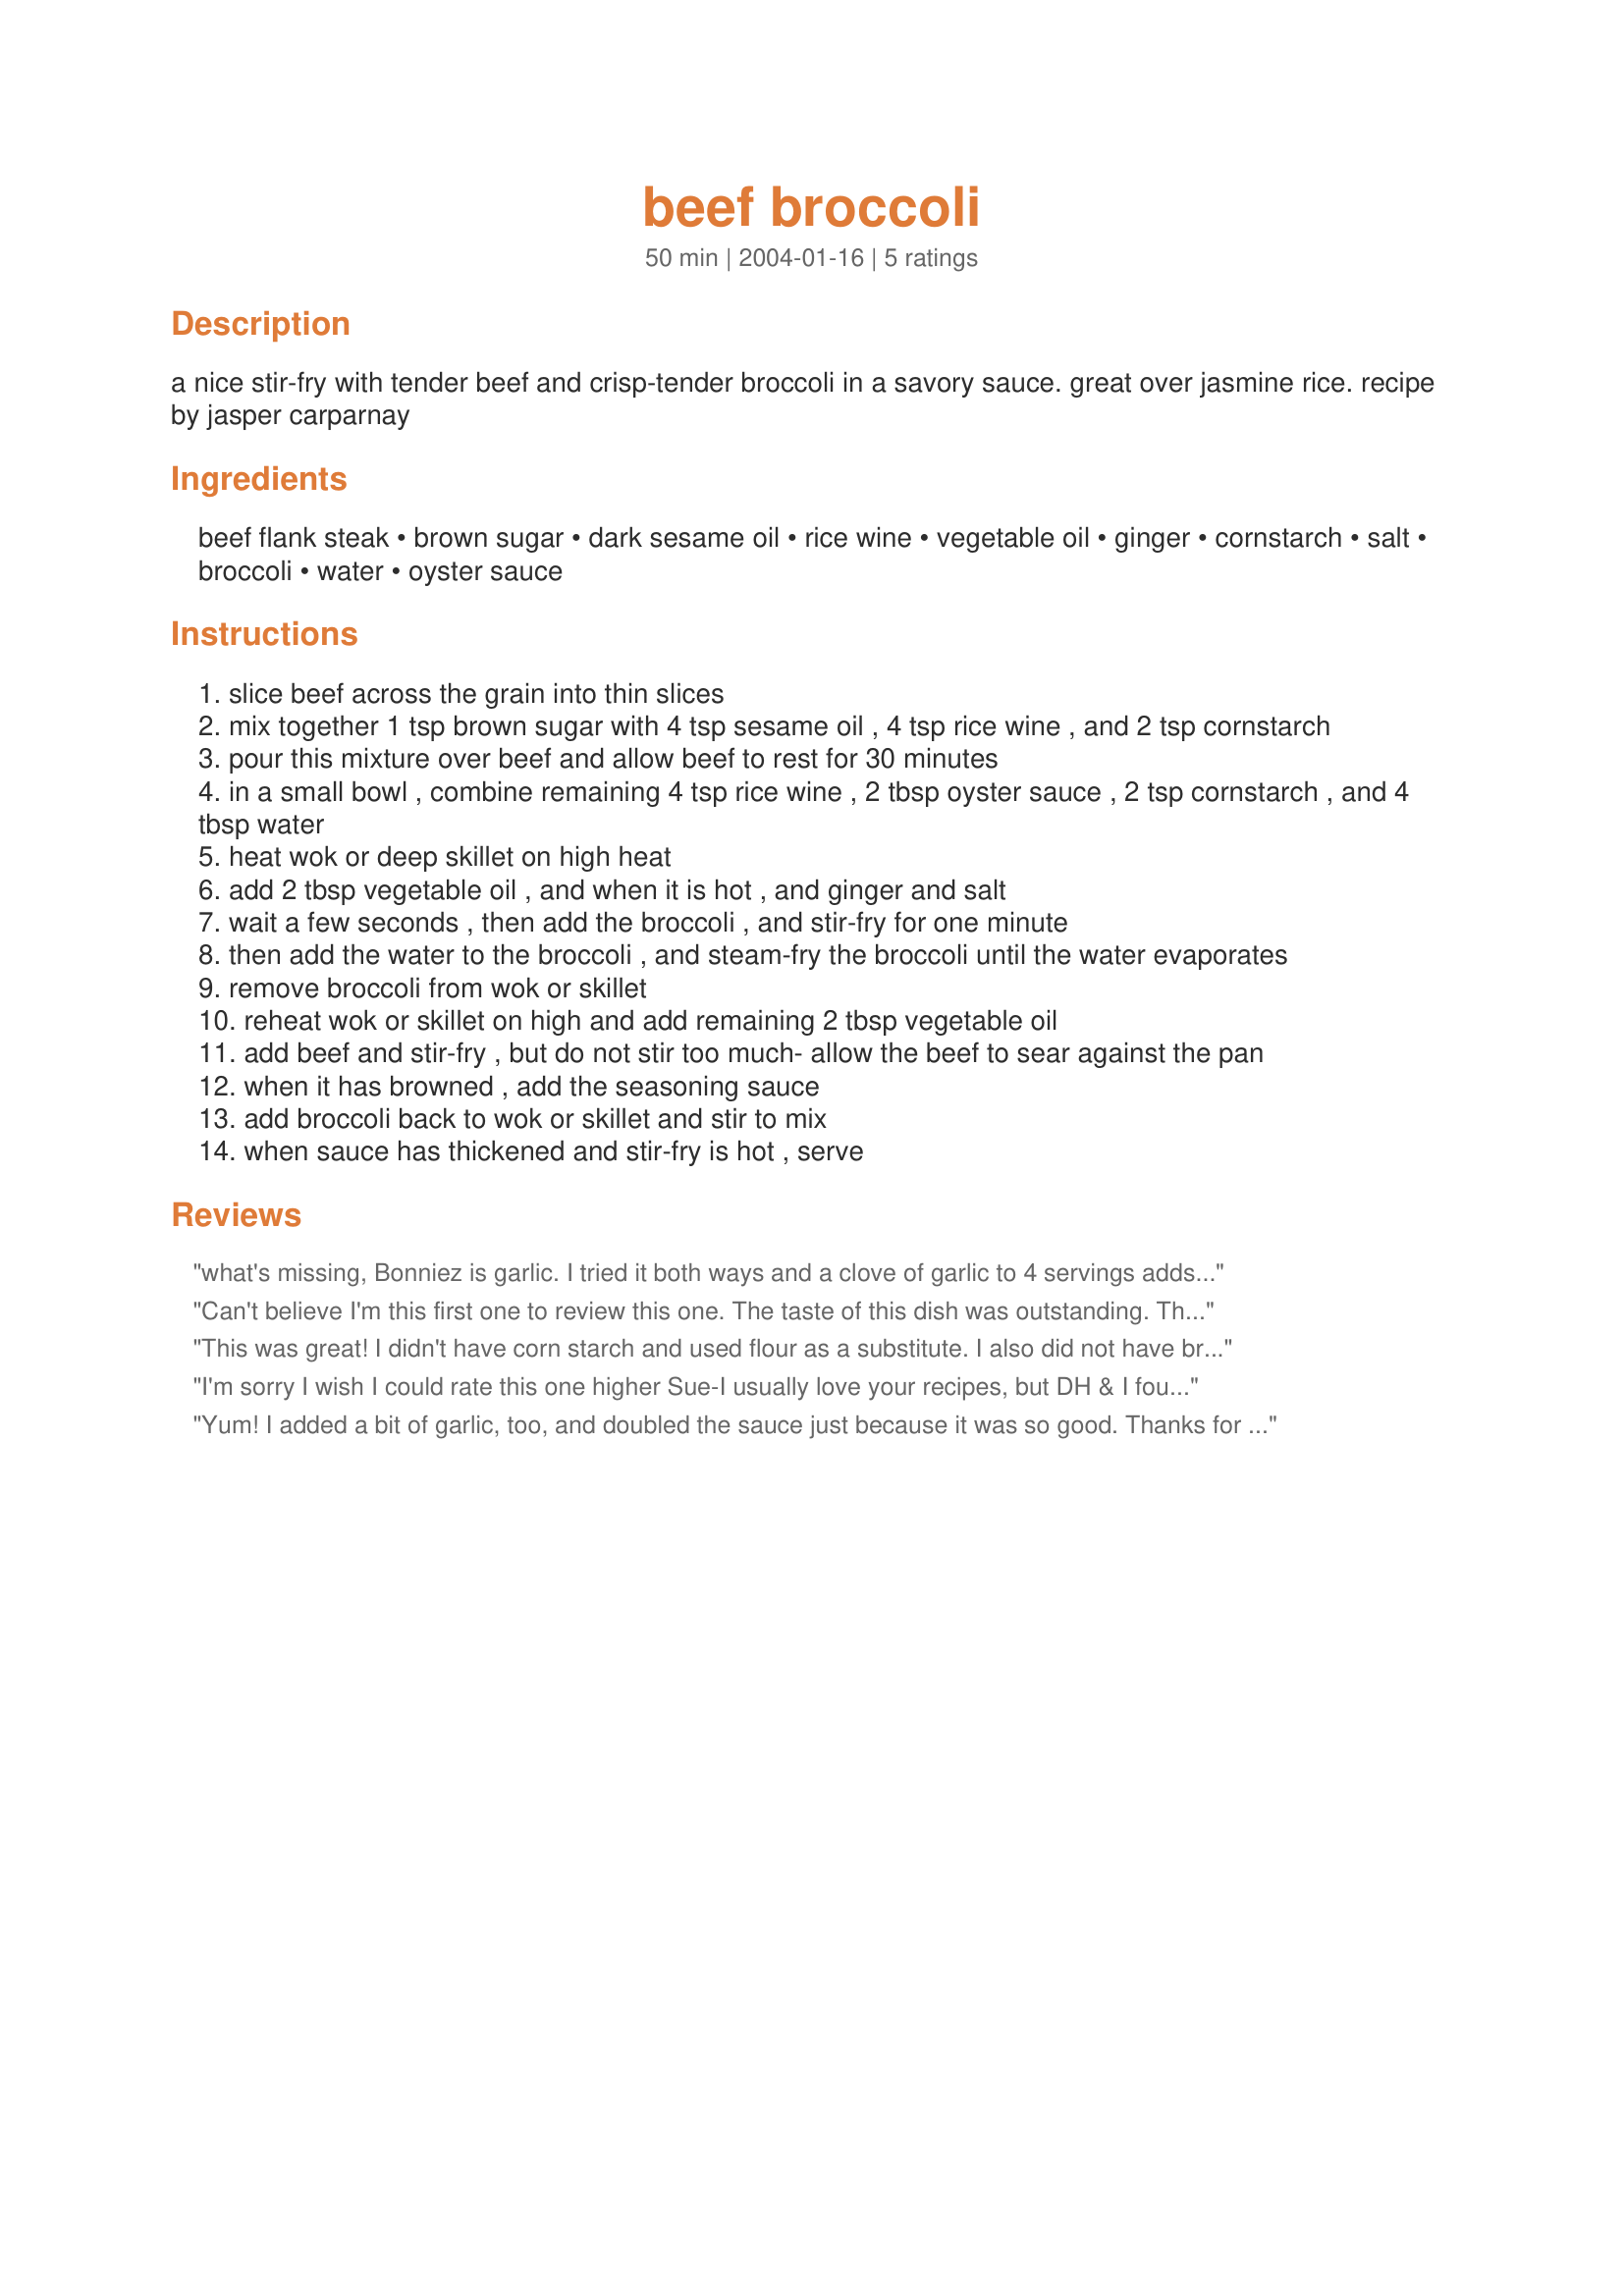
beef broccoli
Preparation time: 50 minutes

a nice stir-fry with tender beef and crisp-tender broccoli in a savory sauce. great over jasmine rice. recipe by jasper carparnay

Ingredients:
beef flank steak, brown sugar, dark sesame oil, rice wine, vegetable oil, ginger, cornstarch, salt, broccoli, water, oyster sauce

Steps:
slice beef across the grain into thin slices
mix together 1 tsp brown sugar with 4 tsp sesame oil , 4 tsp rice wine , and 2 tsp cornstarch
pour this mixture over beef and allow beef to rest for 30 minutes
in a small bowl , combine remaining 4 tsp rice wine , 2 tbsp oyster sauce , 2 tsp cornstarch , and 4 tbsp water
heat wok or deep skillet on high heat
add 2 tbsp vegetable oil , and when it is hot , and ginger and salt
wait a few seconds , then add the broccoli , and stir-fry for one minute
then add the water to the broccoli , and steam-fry the broccoli until the water evaporates
remove broccoli from wok or skillet
reheat wok or skillet on high and add remaining 2 tbsp vegetable oil
add beef and stir-fry , but do not stir too much- allow the beef to sear against the pan
when it has browned , add the seasoning sauce
add broccoli back to wok or skillet and stir to mix
when sauce has thickened and stir-fry is hot , serve

Reviews:
what's missing, Bonniez is garlic. I tried it both ways and a clove of garlic to 4 servings adds a new dimension. I make this regularly at the request of an asian friend who says it is the best she's ever had. We can't get enough of it at my house also. Good Going Sue L!
Can't believe I'm this first one to review this one. The taste of this dish was outstanding. The sauce was so beautifully balanced - I would say 25% sweet and 75% savory. I used tenderloin and (my fault I'm sure) it didn't come out so tender. I let it rest for 3 hours instead of 30 minutes thinking it would be better, but my hubby said he thought that could make sliced meat chewy (it was). But I will definitely make this again and again - p.s. Oyster sauce is key!
This was great! I didn't have corn starch and used flour as a substitute. I also did not have brown sugar and it still turned out fine. This will be a regular
I'm sorry I wish I could rate this one higher Sue-I usually love your recipes, but DH & I found this recipe to be bland and missing something that we couldn't quite put our finger on. Thanks for sharing.
Yum! I added a bit of garlic, too, and doubled the sauce just because it was so good. Thanks for this great recipe, Sue.
